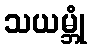
သယမ္ဘုံ